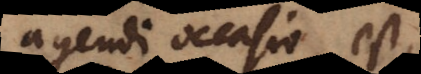
agendi occasio est,